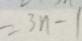
= 3 n - 1